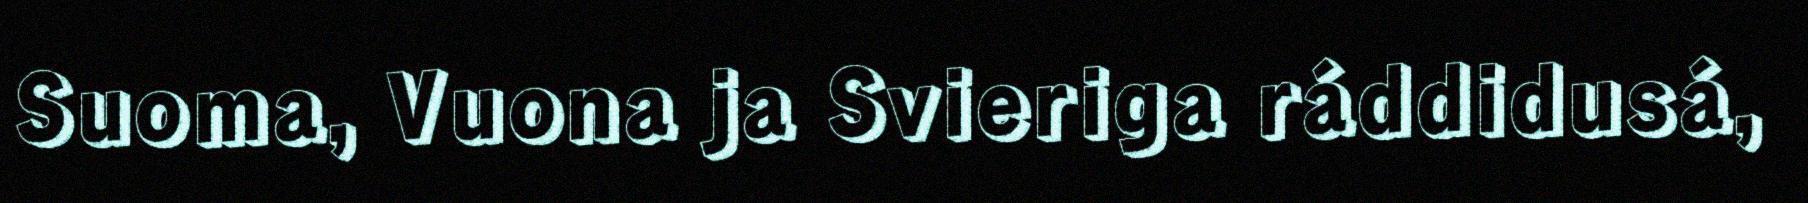
Suoma, Vuona ja Svieriga ráddidusá,